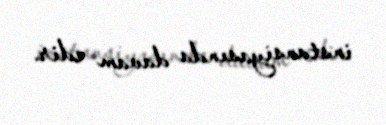
instansiyasında davam edir.